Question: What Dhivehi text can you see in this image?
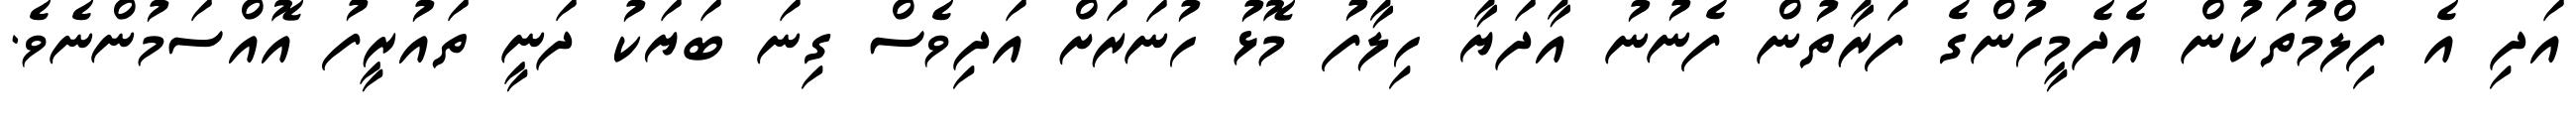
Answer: އަދި އެ ފިލްމުތަކުން އެދެމީހުންގެ ފަރާތުން ފެނުނު އާދަޔާ ހިލާފު މޮޅު ހުނަރަށް އަދިވެސް ގިނަ ބަޔަކު ދަނީ ތައުރީފު އޮއްސަމުންނެވެ.